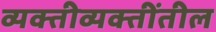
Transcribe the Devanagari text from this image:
व्यक्तीव्यक्तींतील